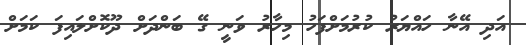
އަދި އޭނާ ހައްޔަރު ކުރުމަށްފަހު މިހާރު ވަނީ ގޭ ބަންދަށް ދޫކޮށްލައިފަ ކަމަށް